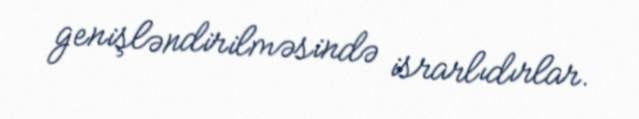
genişləndirilməsində israrlıdırlar.